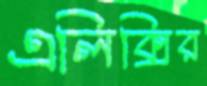
এলিক্সির